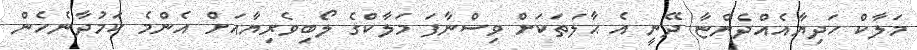
މަލާކް ހަދިޔާއެއްދެންޏާ ދޭނީ އެ ޙާލަތަކަށް ވިސްނާފަ މަލާކްގެ ލޯބިވެރިޔާއަށް އެންމެ ކަމުދާނެހެން